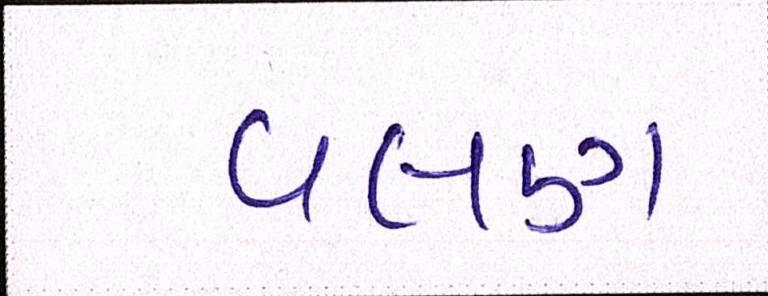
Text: વલણ